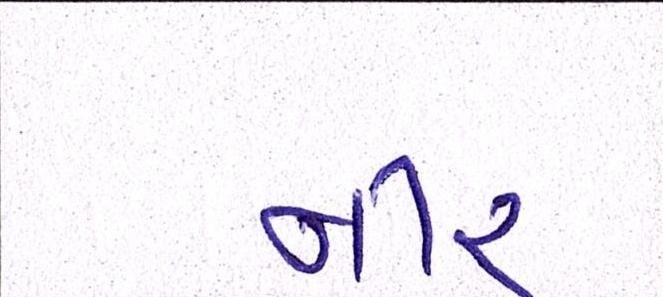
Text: નીર